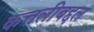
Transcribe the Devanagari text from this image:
कत्तलीबद्दल